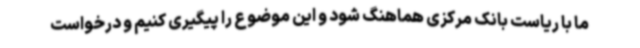
ما با ریاست بانک مرکزی هماهنگ شود و این موضوع را پیگیری کنیم و درخواست